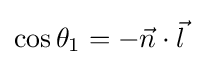
\cos \theta _{1}=-{\vec {n}}\cdot {\vec {l}}